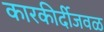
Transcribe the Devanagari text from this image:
कारकीर्दीजवळ